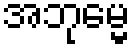
အဘုမ္မေ